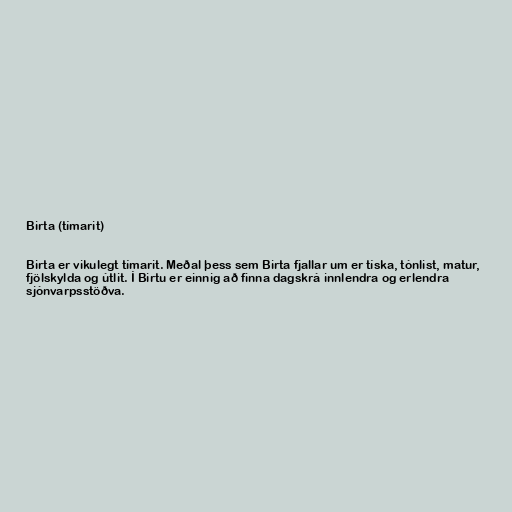
Birta (tímarit)

Birta er vikulegt tímarit. Meðal þess sem Birta fjallar um er tíska, tónlist, matur,
fjölskylda og útlit. Í Birtu er einnig að finna dagskrá innlendra og erlendra
sjónvarpsstöðva.